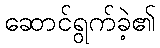
ဆောင်ရွက်ခဲ့၏